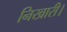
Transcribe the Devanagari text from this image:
निखारी।